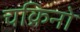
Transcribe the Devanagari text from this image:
चक्रिनो